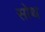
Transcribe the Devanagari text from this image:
सोथ